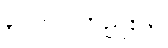
၃၁၀၀၀တည်းပါ။